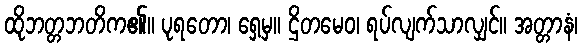
ထိုဘတ္တဘတိက၏။ ပုရတော၊ ရှေ့မှ။ ဌိတမေဝ၊ ရပ်လျက်သာလျှင်။ အတ္တာနံ၊